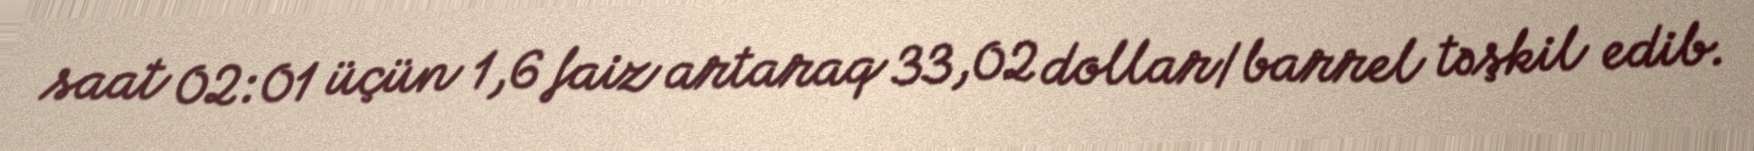
saat 02:01 üçün 1,6 faiz artaraq 33,02 dollar/barrel təşkil edib.